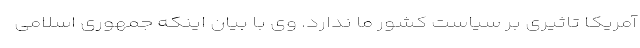
آمریکا تاثیری بر سیاست‌ کشور ما ندارد. وی با بیان اینکه جمهوری اسلامی